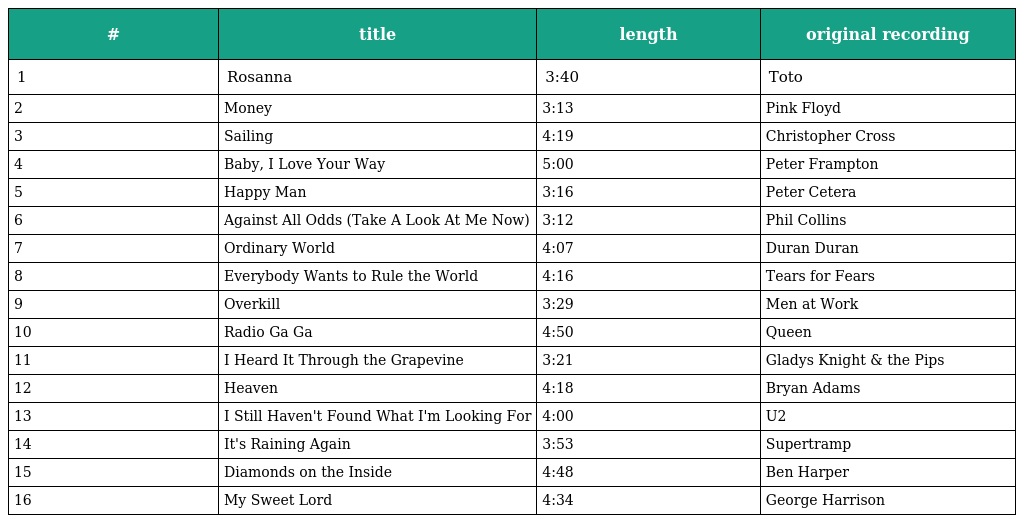
| # | title | length | original recording |
 | --- | --- | --- | --- |
 | 1 | Rosanna | 3:40 | Toto |
 | 2 | Money | 3:13 | Pink Floyd |
 | 3 | Sailing | 4:19 | Christopher Cross |
 | 4 | Baby, I Love Your Way | 5:00 | Peter Frampton |
 | 5 | Happy Man | 3:16 | Peter Cetera |
 | 6 | Against All Odds (Take A Look At Me Now) | 3:12 | Phil Collins |
 | 7 | Ordinary World | 4:07 | Duran Duran |
 | 8 | Everybody Wants to Rule the World | 4:16 | Tears for Fears |
 | 9 | Overkill | 3:29 | Men at Work |
 | 10 | Radio Ga Ga | 4:50 | Queen |
 | 11 | I Heard It Through the Grapevine | 3:21 | Gladys Knight & the Pips |
 | 12 | Heaven | 4:18 | Bryan Adams |
 | 13 | I Still Haven't Found What I'm Looking For | 4:00 | U2 |
 | 14 | It's Raining Again | 3:53 | Supertramp |
 | 15 | Diamonds on the Inside | 4:48 | Ben Harper |
 | 16 | My Sweet Lord | 4:34 | George Harrison |